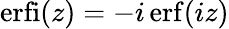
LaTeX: \mathrm{erfi}(z)=-i\, \mathrm{erf}(iz)